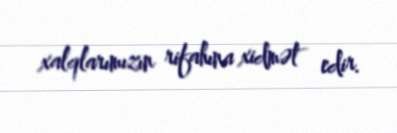
xalqlarımızın rifahına xidmət edir.